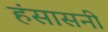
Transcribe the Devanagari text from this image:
हंसासनी